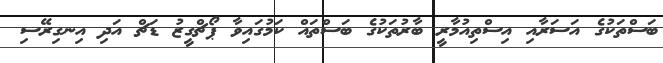
ބަސްތަކުގެ އަސަރާއި އިސްތިއުމާރީ ބާރުތަކުގެ ބަސްތައް ކަމުގައިވާ ޕޯޗްގީޒު ޑަޗް އަދި އިނގިރޭސި